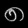
Digit: ၈